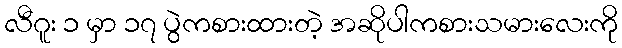
လီဂူး ၁ မှာ ၁၇ ပွဲကစားထားတဲ့ အဆိုပါကစားသမားလေးကို